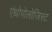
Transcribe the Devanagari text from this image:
एंथ्रोपोलोजिस्ट